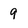
Character: 9